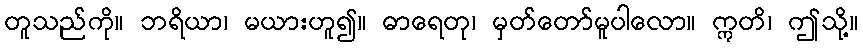
တူသည်ကို။ ဘရိယာ၊ မယားဟူ၍။ ဓာရေတု၊ မှတ်တော်မူပါလော။ ဣတိ၊ ဤသို့။